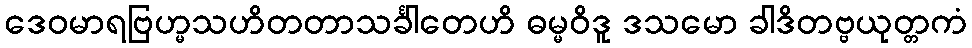
ဒေဝမာရဗြဟ္မသဟိတတာသင်္ခါတေဟိ ဓမ္မဝိဒူ ဒသမော ခါဒိတဗ္ဗယုတ္တကံ